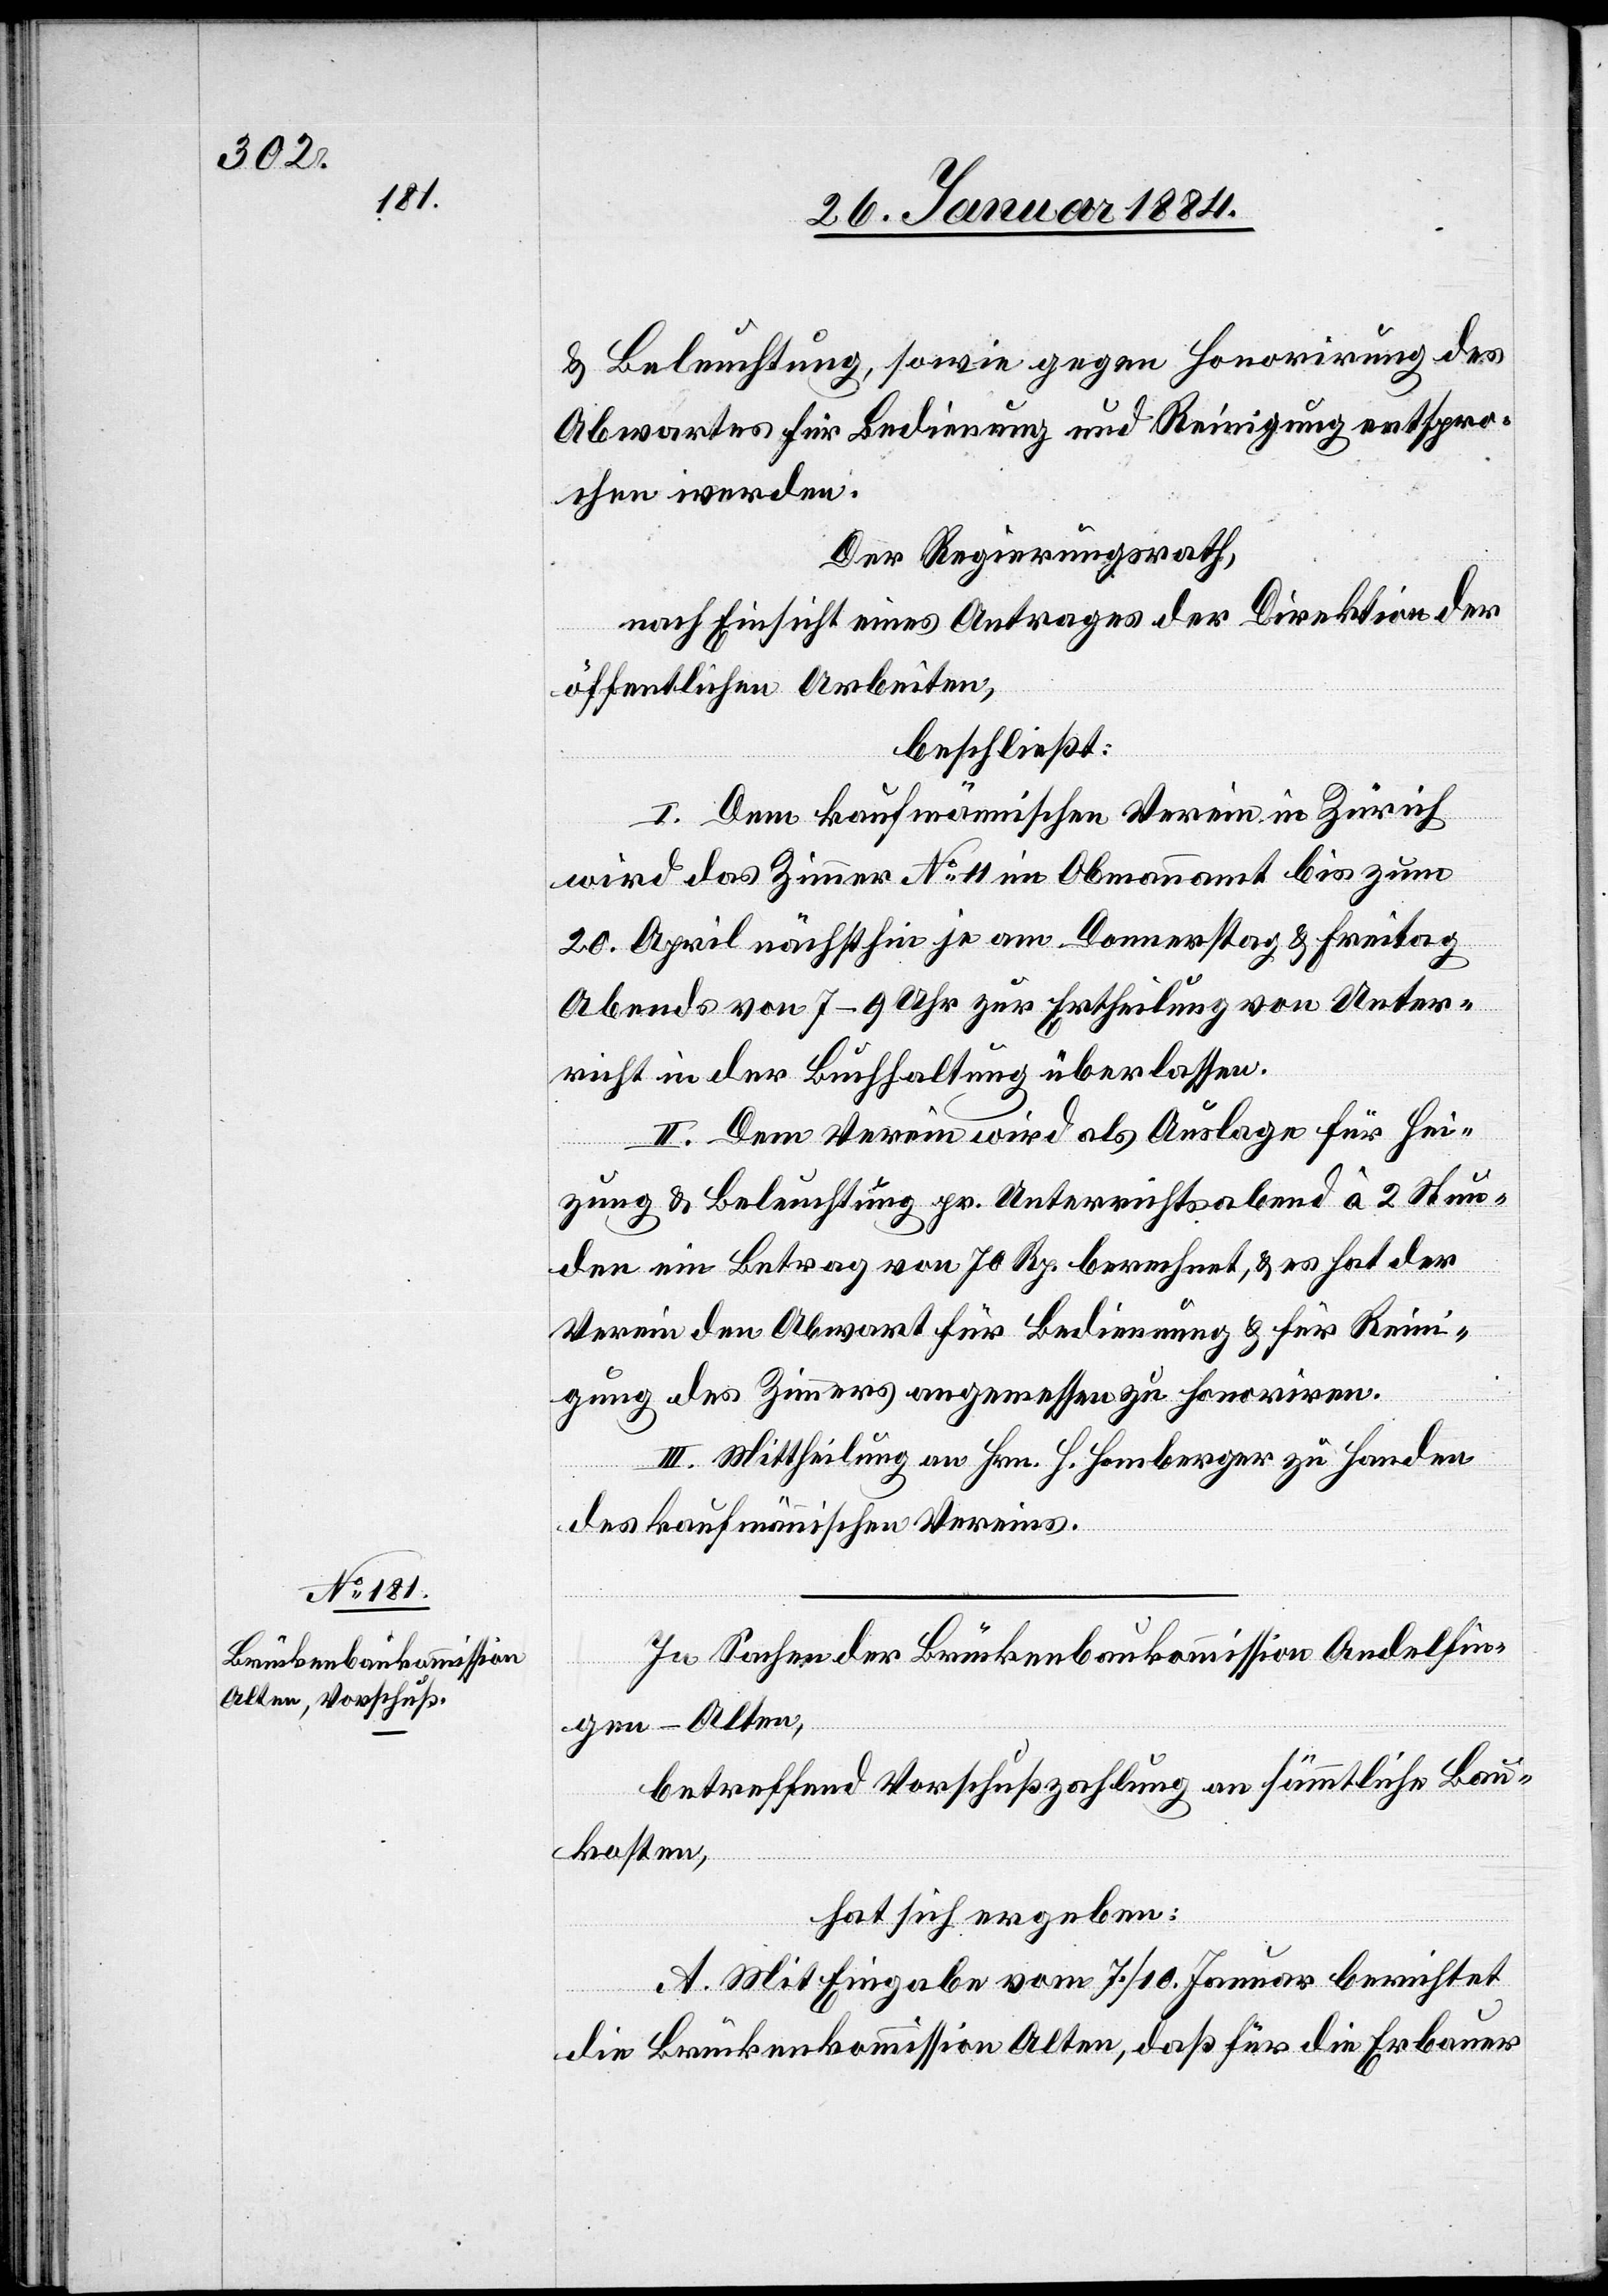
& Beleuchtung, sowie gegen Honorirung des
Abwartes für Bedienung und Reinigung entspro¬
chen werden.
Der Regierungsrath,
nach Einsicht eines Antrages der Direktion der
öffentlichen Arbeiten,
beschließt:
I. Dem kaufmännischen Verein in Zürich
wird das Zimmer No 11 im Obmannamt bis zum
20. April nächsthin je am Donnerstag & Freitag
Abends von 7–9 Uhr zur Ertheilung von Unter¬
richt in der Buchhaltung überlassen.
II. Dem Verein wird als Auslage für Hei¬
zung & Beleuchtung pr. Unterrichtsabend à 2 Stun¬
den ein Betrag von 70 Rp. berechnet, & es hat der
Verein den Abwart für Bedienung & für Reini¬
gung des Zimmers angemessen zu honoriren.
III. Mittheilung an Hrn. H. Homberger zu Handen
des kaufmännischen Vereins.
In Sachen der Brückenbaukommission Andelfin¬
gen - Alten,
betreffend Vorschußzahlung an sämmtliche Bau¬
kosten,
hat sich ergeben:
A. Mit Eingabe vom 7./10. Januar berichtet
die Brückenbaukommission Alten, daß für die Erbauer